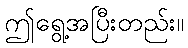
ဤရွေ့အပြီးတည်း။